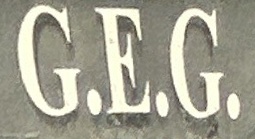
G.E.G.